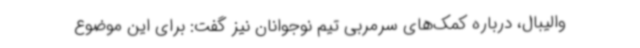
‌والیبال، درباره کمک‌های سرمربی تیم نوجوانان نیز گفت: برای این موضوع